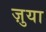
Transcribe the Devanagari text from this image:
ज़ुया